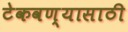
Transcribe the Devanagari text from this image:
टेकवण्यासाठी